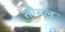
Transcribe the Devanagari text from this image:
तौबल